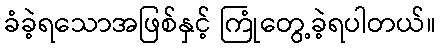
ခံခဲ့ရသောအဖြစ်နှင့် ကြုံတွေ့ခဲ့ရပါတယ်။